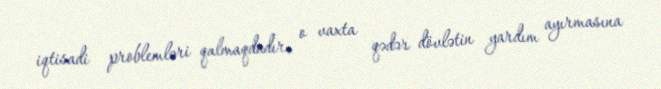
iqtisadi problemləri qalmaqdadır, o vaxta qədər dövlətin yardım ayırmasına